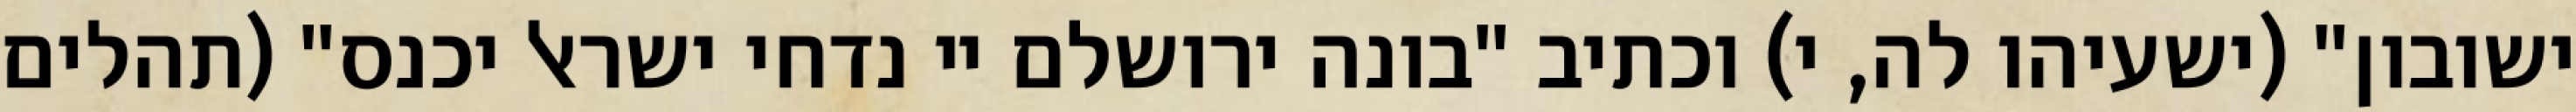
ישובון" (ישעיהו לה, י) וכתיב "בונה ירושלם יי נדחי ישראל יכנס" (תהלים